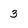
Character: 3